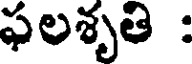
ఫలశృతి :